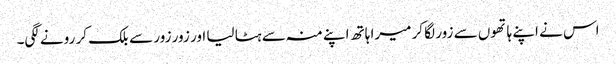
اس نے اپنے ہاتھوں سے زور لگا کر میرا ہاتھ اپنے منہ سے ہٹا لیا اور زور زور سے بلک کر رونے لگی۔